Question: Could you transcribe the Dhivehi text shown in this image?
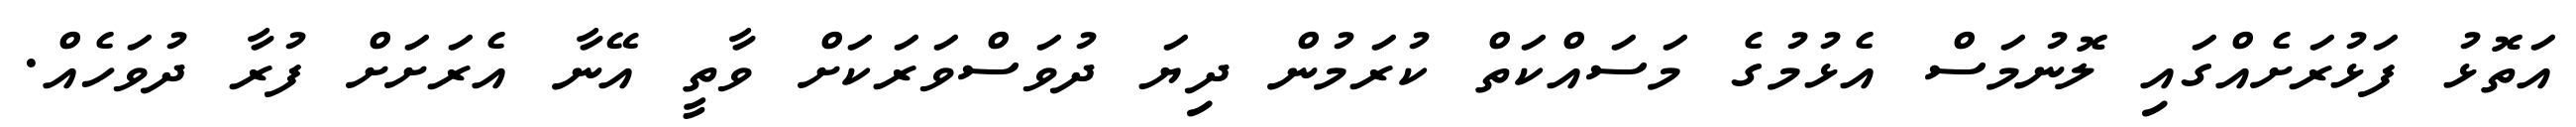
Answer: އަތޮޅު ފަޅުރަށެއްގައި ލޮނުމަސް އެޅުމުގެ މަސައްކަތް ކުރަމުން ދިޔަ ދުވަސްވަރަކަށް ވާތީ އޭނާ އެރަށަށް ފުރާ ދުވަހެއް.